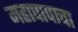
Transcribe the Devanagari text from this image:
महापापाचा